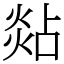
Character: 煔